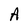
Character: A